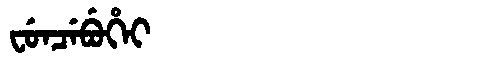
Manchu: ᠸᡠᠨᠴᡝᠪᡠᡥᡝᡳ
Romanization: FUNCEBUHEI